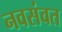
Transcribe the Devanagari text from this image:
नवसंवत